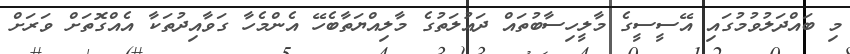
މި ބައްދަލުވުމުގައި އޭސީސީގެ މާލީހިސާބުތައް ދައުލަތުގެ މާލިއްޔަތާބެހޭ އެންމެހާ ގަވާއިދުތަކާ އެއްގޮތަށް ވަރަށް